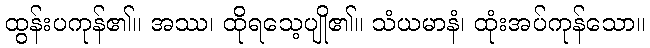
ထွန်းပကုန်၏။ အဿ၊ ထိုရသေ့ပျို၏။ သံယမာနံ၊ ထုံးအပ်ကုန်သော။